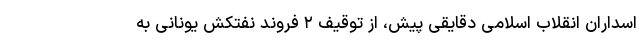
اسداران انقلاب اسلامی دقایقی پیش، از توقیف ۲ فروند نفتکش یونانی به